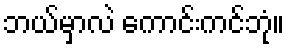
ဘယ်မှာလဲ ကောင်းကင်ဘုံ။